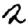
Digit: 2